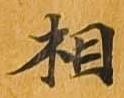
相